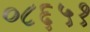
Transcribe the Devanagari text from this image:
०८६५१